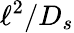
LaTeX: \ell^{2}/D_{s}